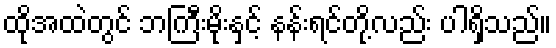
ထိုအထဲတွင် ဘကြီးမိုးနှင့် နန်းရင်တို့လည်း ပါရှိသည်။